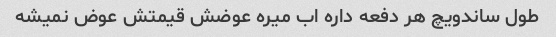
طول ساندویچ هر دفعه داره اب میره عوضش قیمتش عوض نمیشه